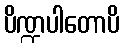
ပိဏ္ဍပါတောပိ